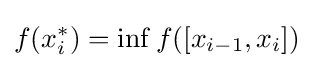
f(x_{i}^{*})=\inf f([x_{i-1},x_{i}])